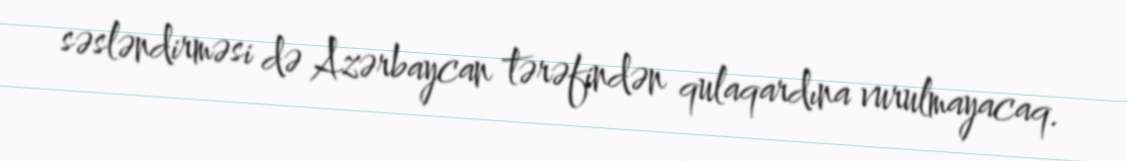
səsləndirməsi də Azərbaycan tərəfindən qulaqardına vurulmayacaq.